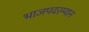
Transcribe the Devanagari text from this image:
भाजपदरम्यान